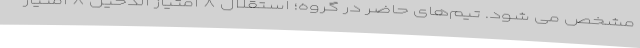
مشخص می شود. تیم‌های حاضر در گروه؛ استقلال ۸ امتیاز الدحیل ۸ امتیاز